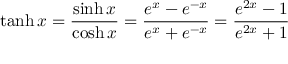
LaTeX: \operatorname { t a n h } x = { \frac { \sinh x } { \cosh x } } = { \frac { e ^ { x } - e ^ { - x } } { e ^ { x } + e ^ { - x } } } = { \frac { e ^ { 2 x } - 1 } { e ^ { 2 x } + 1 } }